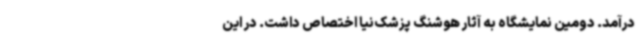
درآمد. دومین نمایشگاه به آثار هوشنگ پزشک‌نیا اختصاص داشت. در این